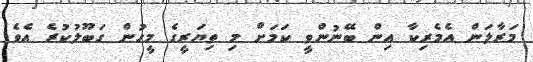
މަރާލަން އެމެރިކާ އިން ބޭނުންވީ ކަމަށް މި ތިޔަރީގެ މީހުން ގަބޫލުކުރެ އެވެ.